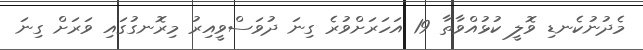
މެދުނުކެނޑި ވޮލީ ކުޅުއްވާތާ 19 އަހަރަށްވުރެ ގިނަ ދުވަސްވީއިރު މިރޮނގުގައި ވަރަށް ގިނަ